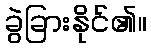
ခွဲခြားနိုင်၏။